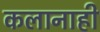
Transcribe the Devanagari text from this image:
कलानाही